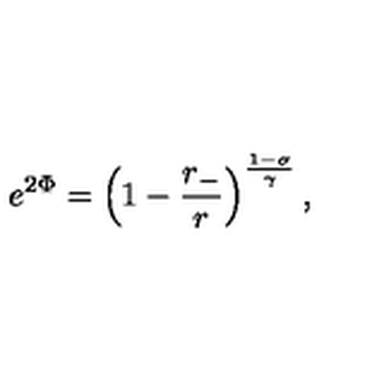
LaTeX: e ^ { 2 \Phi } = \left( 1 - \frac { r _ { - } } { r } \right) ^ { \frac { 1 - \sigma } { \gamma } } ,